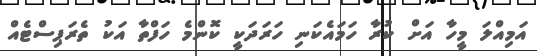
އަމިއްލަ މީހާ އަށް ކުރާ ހަމައެކަނި ހަރަދަކީ ކޮންމެ ހަފްތާ އަކު ތެރަޕިސްޓެއް